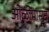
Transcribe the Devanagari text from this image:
ओळींपासून